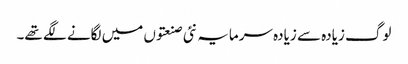
لوگ زیادہ سے زیادہ سرمایہ نئی صنعتوں میں لگانے لگے تھے۔